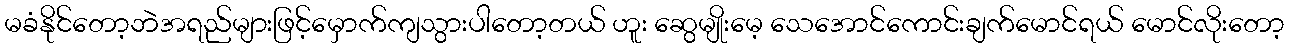
မခံနိုင်တော့ဘဲအရည်များဖြင့်မှောက်ကျသွားပါတော့တယ် ဟူး ဆွေမျိုးမေ့ သေအောင်ကောင်းချက်မောင်ရယ် မောင်လိုးတော့